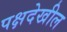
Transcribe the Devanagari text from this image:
पक्षदेखील